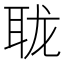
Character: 𰭹